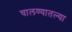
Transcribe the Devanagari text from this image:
चालण्यातल्या